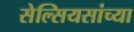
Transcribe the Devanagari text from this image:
सेल्सियसांच्या